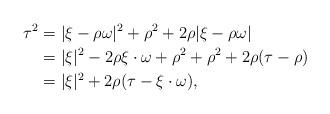
LaTeX: \begin{align*}\tau^2 &= |\xi - \rho \omega|^2 + \rho^2 + 2 \rho |\xi-\rho \omega| \\&= |\xi|^2 - 2\rho \xi \cdot \omega + \rho^2 + \rho^2 + 2 \rho (\tau - \rho) \\&= |\xi|^2 + 2\rho (\tau - \xi \cdot \omega),\end{align*}